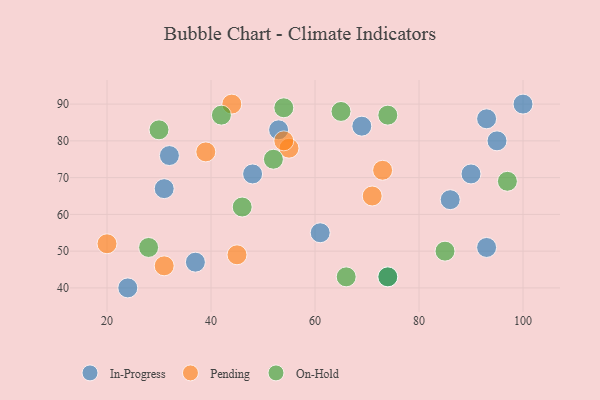
{"axis": {"x": "GDP", "y": "Life Expectancy"}, "legend": ["In-Progress", "On-Hold", "Pending"], "data": [{"x": "61", "y": 55, "type": "In-Progress"}, {"x": "32", "y": 76, "type": "In-Progress"}, {"x": "100", "y": 90, "type": "In-Progress"}, {"x": "69", "y": 84, "type": "In-Progress"}, {"x": "95", "y": 80, "type": "In-Progress"}, {"x": "24", "y": 40, "type": "In-Progress"}, {"x": "93", "y": 51, "type": "In-Progress"}, {"x": "31", "y": 67, "type": "In-Progress"}, {"x": "53", "y": 83, "type": "In-Progress"}, {"x": "48", "y": 71, "type": "In-Progress"}, {"x": "90", "y": 71, "type": "In-Progress"}, {"x": "37", "y": 47, "type": "In-Progress"}, {"x": "93", "y": 86, "type": "In-Progress"}, {"x": "86", "y": 64, "type": "In-Progress"}, {"x": "74", "y": 43, "type": "In-Progress"}, {"x": "31", "y": 46, "type": "Pending"}, {"x": "20", "y": 52, "type": "Pending"}, {"x": "45", "y": 49, "type": "Pending"}, {"x": "55", "y": 78, "type": "Pending"}, {"x": "71", "y": 65, "type": "Pending"}, {"x": "39", "y": 77, "type": "Pending"}, {"x": "54", "y": 80, "type": "Pending"}, {"x": "73", "y": 72, "type": "Pending"}, {"x": "44", "y": 90, "type": "Pending"}, {"x": "66", "y": 43, "type": "On-Hold"}, {"x": "85", "y": 50, "type": "On-Hold"}, {"x": "65", "y": 88, "type": "On-Hold"}, {"x": "28", "y": 51, "type": "On-Hold"}, {"x": "46", "y": 62, "type": "On-Hold"}, {"x": "30", "y": 83, "type": "On-Hold"}, {"x": "42", "y": 87, "type": "On-Hold"}, {"x": "97", "y": 69, "type": "On-Hold"}, {"x": "74", "y": 43, "type": "On-Hold"}, {"x": "54", "y": 89, "type": "On-Hold"}, {"x": "52", "y": 75, "type": "On-Hold"}, {"x": "74", "y": 87, "type": "On-Hold"}]}